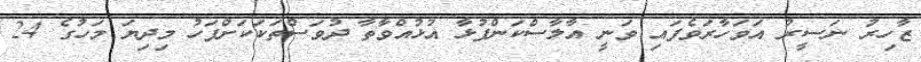
ޒާހިރު ނަސީރު އަވަހާރަވެފައި ވަނީ އާލާސްކަންފުޅާ އުޅުއްވާތާ ދުވަސްތަކަކަށްފަހު މިދިޔަ މަހުގެ 24